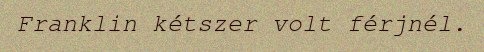
Franklin kétszer volt férjnél.